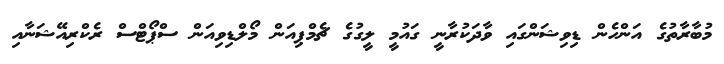
މުބާރާތުގެ އަންހެން ޑިވިޝަންގައި ވާދަކުރާނީ ގައުމީ ލީގުގެ ޗެމްޕިއަން މޯލްޑިވިއަން ސްޕޯޓްސް ރެކްރިއޭޝަނާއި